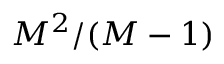
M ^ { 2 } / ( M - 1 )